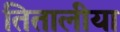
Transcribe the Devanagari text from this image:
तितालीया